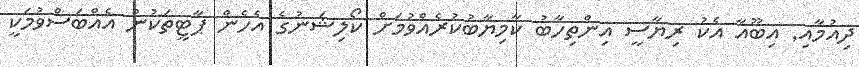
ދިއުމާއި